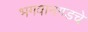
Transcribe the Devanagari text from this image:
भगवानगडचे